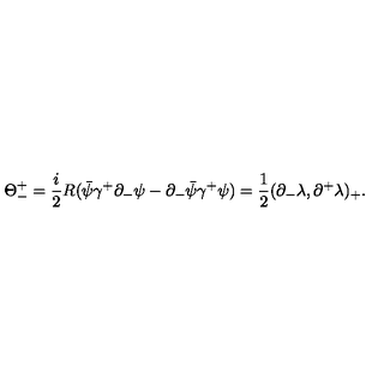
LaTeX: { \Theta } _ { - } ^ { + } = \frac { i } { 2 } R ( \bar { \psi } { \gamma } ^ { + } { \partial } _ { - } { \psi } - { \partial } _ { - } \bar { \psi } { \gamma } ^ { + } { \psi } ) = \frac { 1 } { 2 } ( { \partial } _ { - } { \lambda } , { \partial } ^ { + } { \lambda } ) _ { + } .